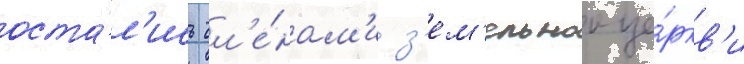
оста́л'ись чл'е́нам'и з'ем'ельнои це́ркв'и